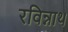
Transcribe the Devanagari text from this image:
रविन्नाथ